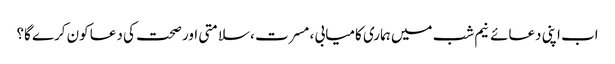
اب اپنی دعائے نیم شب میں ہماری کامیابی ، مسرت ،سلامتی اور صحت کی دعا کون کرے گا؟